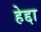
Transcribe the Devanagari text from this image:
हेद्दा